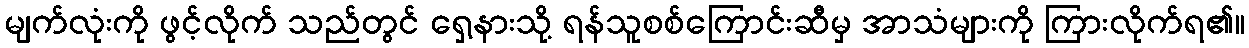
မျက်လုံးကို ဖွင့်လိုက် သည်တွင် ရှေ့နားသို့ ရန်သူစစ်ကြောင်းဆီမှ အာသံများကို ကြားလိုက်ရ၏။